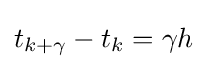
t_{k+\gamma }-t_{k}=\gamma h